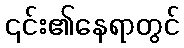
၎င်း၏နေရာတွင်